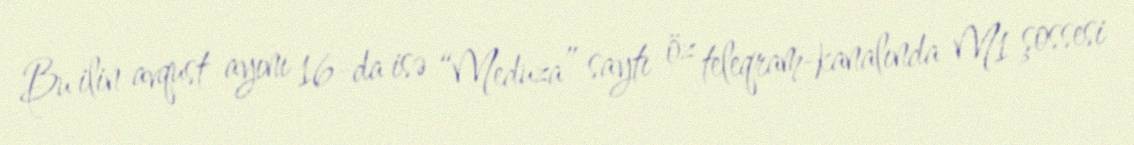
Bu ilin avqust ayını 16-da isə “Meduza” saytı öz teleqram-kanalında M1 şossesi